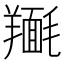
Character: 𮊴